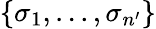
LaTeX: \{ \sigma_{1},...,\sigma_{n^{\prime}}\}